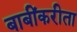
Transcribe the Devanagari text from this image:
बाबींकरीता